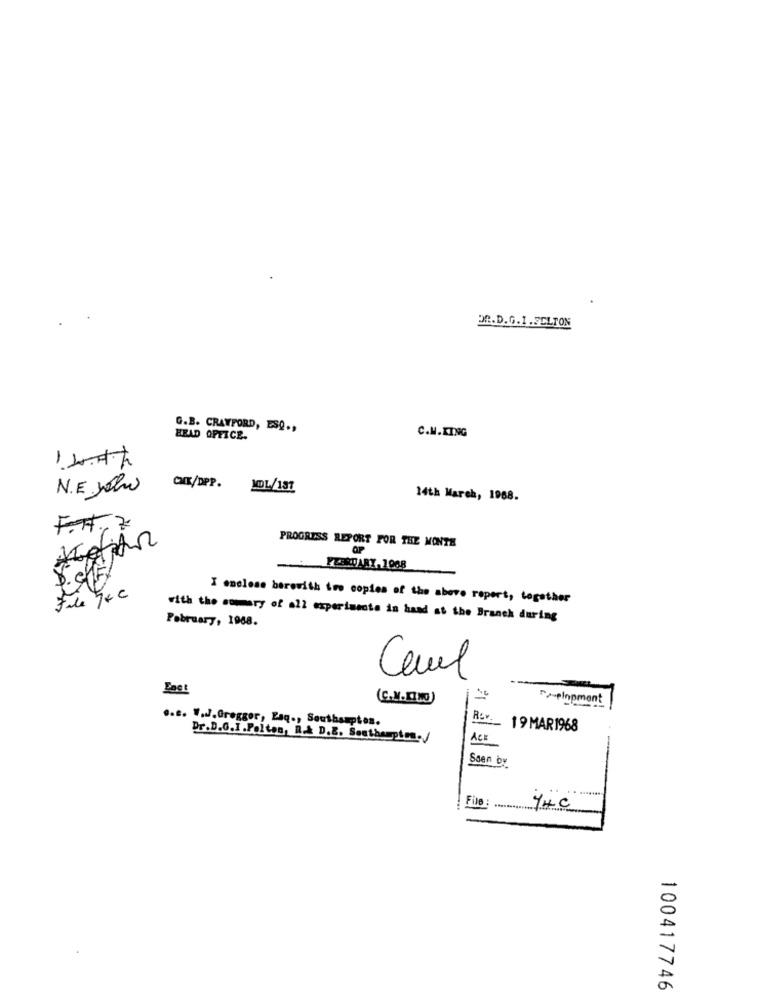
DR.D. G. I . SELTON
G.B. CRAWFORD, ESQ .,
HEAD OFFICE.
C.M.KING
-
N.E Joha
CHE/DPP. JDL/187
14th March, 1968.
F.r. Z
PROGRESS REPORT FOR THE MONTH
FEBRUARY- 1968
File Je c
I enclose berovith imo copies of the above report, together
February, 1968.
with the somery of all experimente in hand at the Branch during
Carl
Last
(C.M.KIM0)
>-elnpment
.. s. W.J.Greggor, Esq ., Southssptes.
19 MAR1968
Dr.D.G.I.Palten, A.A D.B. Southampton./
ACE
Ssen by
File :
74C
100417746